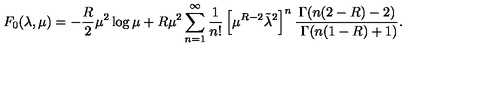
F _ { 0 } ( \lambda , \mu ) = - { \frac { R } { 2 } } \mu ^ { 2 } \log \mu + R \mu ^ { 2 } \sum _ { n = 1 } ^ { \infty } { \frac { 1 } { n ! } } \left[ \mu ^ { R - 2 } \tilde { \lambda } ^ { 2 } \right] ^ { n } { \frac { \Gamma ( n ( 2 - R ) - 2 ) } { \ \Gamma ( n ( 1 - R ) + 1 ) } } .